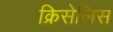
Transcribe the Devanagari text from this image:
क्रिसेलिस